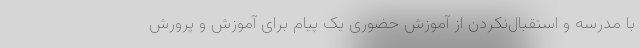
با مدرسه و استقبال‌نکردن از آموزش حضوری یک پیام برای آموزش و پرورش